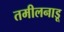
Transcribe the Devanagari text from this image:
तमीलनाडू